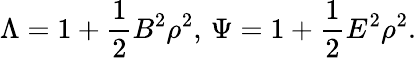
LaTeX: \Lambda=1+\frac{1}{2}B^{2}\rho^{2},\, \Psi=1+\frac{1}{2}E^{2}\rho^{2}.